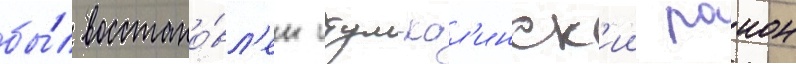
бы́л восстано́вл'ен итум-кал'инск'ии раион